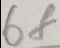
6 8